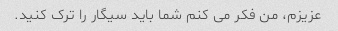
عزیزم، من فکر می کنم شما باید سیگار را ترک کنید.